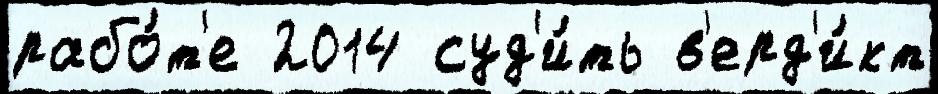
рабо́т'е 2014 суд'и́ть в'ерд'и́кт